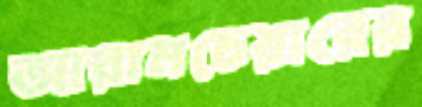
আরামচেয়ারের